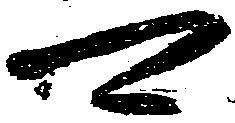
可